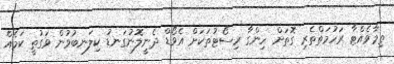
ތިމާވެއްޓާ ރަހުމަތްތެރި ގޮތަށް ހިންގާ ރިސޯޓުތަކަށް އެވޯޑް ދެނީލޮނުގަނޑު ކިލަނބުވުން ވަގުތީ ކަމެއް